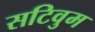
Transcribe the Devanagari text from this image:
सटिवुम